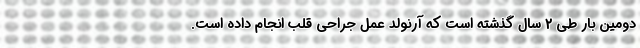
دومین بار طی 2 سال گذشته است که آرنولد عمل جراحی قلب انجام داده است.